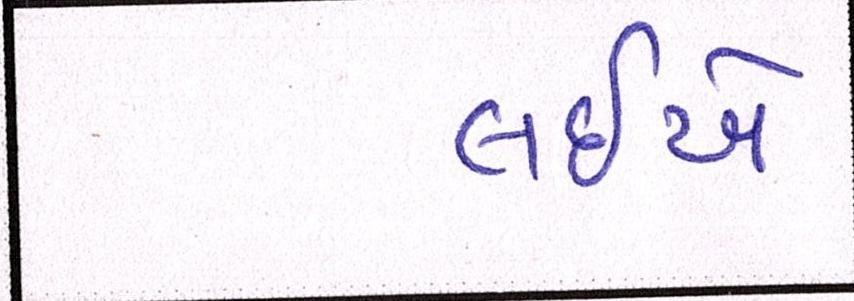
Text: લઈએ